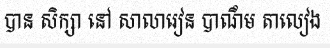
បាន សិក្សា នៅ សាលារៀន បាណឹម តាលៀង